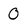
Character: 0